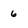
Character: 6